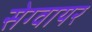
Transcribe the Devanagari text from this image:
सेग्वायर